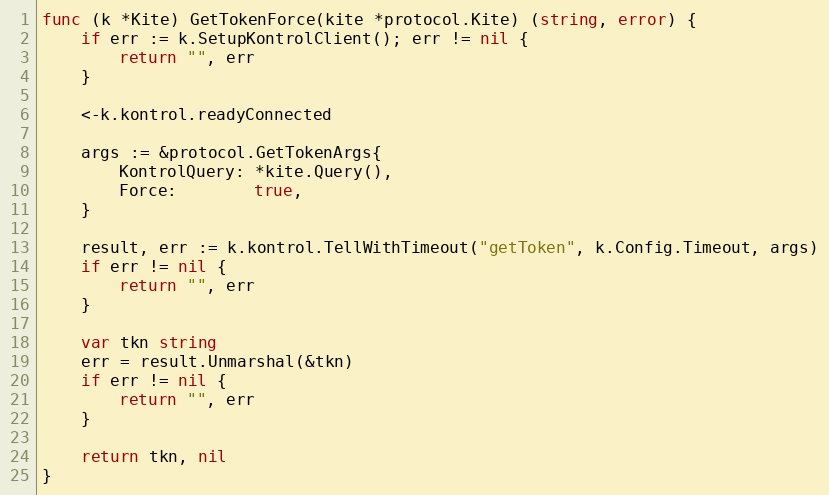
Language: Go
func (k *Kite) GetTokenForce(kite *protocol.Kite) (string, error) {
	if err := k.SetupKontrolClient(); err != nil {
		return "", err
	}

	<-k.kontrol.readyConnected

	args := &protocol.GetTokenArgs{
		KontrolQuery: *kite.Query(),
		Force:        true,
	}

	result, err := k.kontrol.TellWithTimeout("getToken", k.Config.Timeout, args)
	if err != nil {
		return "", err
	}

	var tkn string
	err = result.Unmarshal(&tkn)
	if err != nil {
		return "", err
	}

	return tkn, nil
}